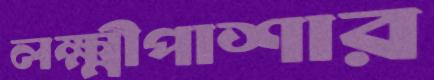
লক্ষ্মীপাশার